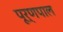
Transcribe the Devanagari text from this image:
पूर्णपाल